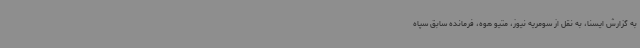
به گزارش ایسنا، به نقل از سومریه نیوز، متیو هوه، فرمانده سابق سپاه